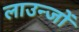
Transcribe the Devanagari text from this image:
लाउन्जों